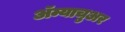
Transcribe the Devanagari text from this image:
अॅम्याचुअर